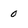
Character: o